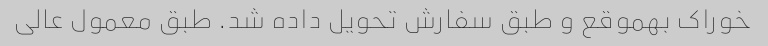
خوراک بهموقع و طبق سفارش تحویل داده شد. طبق معمول عالی